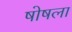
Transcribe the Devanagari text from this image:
षोषला